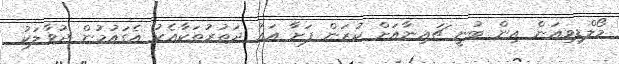
މޯލްޑިވިއަން އިން ބުނީ ޗައިނާއަށް ކުރަން ފަށާ އައު ދަތުރުތަކާއެކު އެގައުމުން ދުވާލަކު